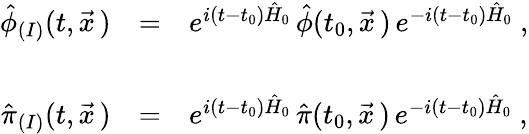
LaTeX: \begin{array}{rcl}{{\hat{\phi}_{(I)}(t,\vec{x}\, )}}&{{=}}&{{e^{i(t-t_{0})\hat{H}_{0}}\, \hat{\phi}(t_{0},\vec{x}\, )\, e^{-i(t-t_{0})\hat{H}_{0}}\ ,}}\\ {{}}&{{}}&{{}}\\ {{\hat{\pi}_{(I)}(t,\vec{x}\, )}}&{{=}}&{{e^{i(t-t_{0})\hat{H}_{0}}\, \hat{\pi}(t_{0},\vec{x}\, )\, e^{-i(t-t_{0})\hat{H}_{0}}\ ,}}\end{array}